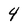
Character: 4